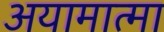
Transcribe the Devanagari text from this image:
अयामात्मा